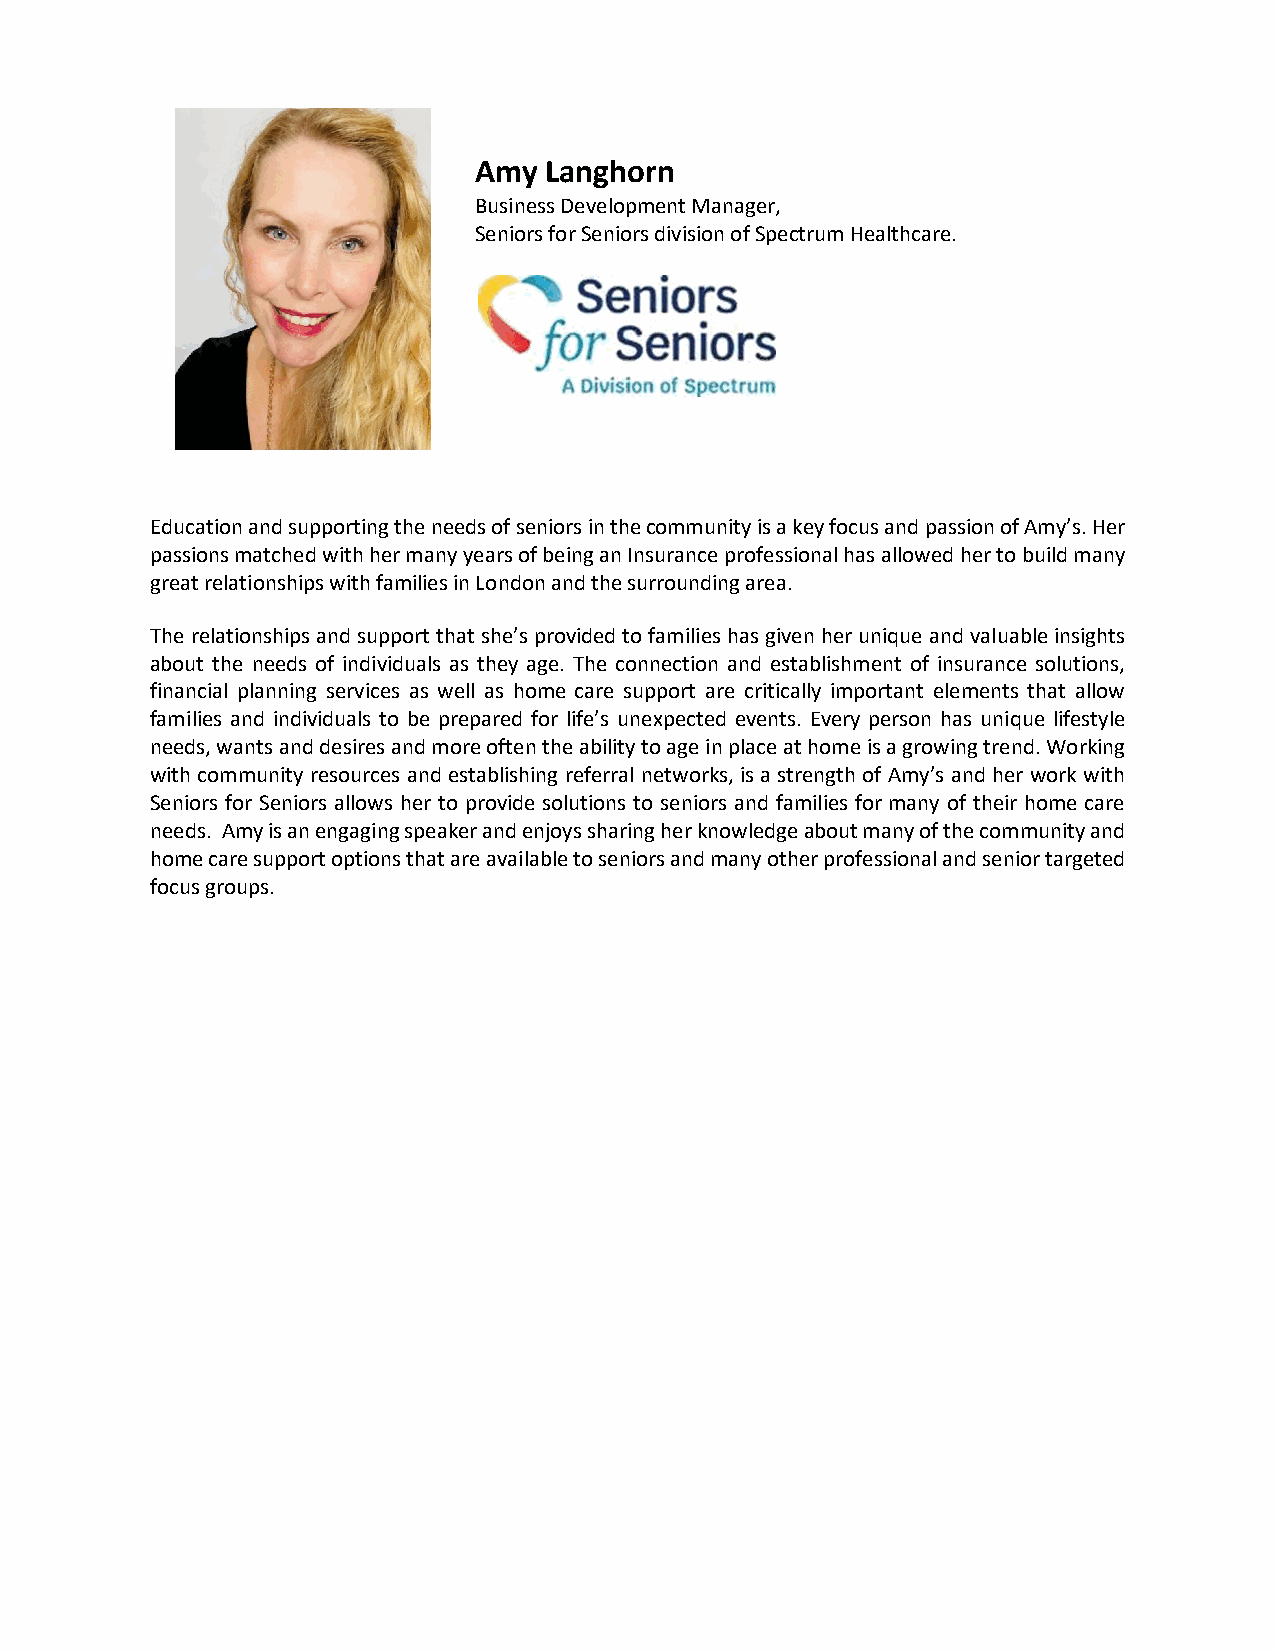
Amy  Langhorn
 Business Development Manager,
 Seniors for Seniors division of Spectrum Healthcare.
 Education and supporting the needs of seniors in the community is a key focus and passion of Amy’s. Her
 passions matched with her many years of being an Insurance professional has allowed her to build many
 great relationships with families in London and the surrounding area.
 The relationships and support that she’s provided to families has given her unique and valuable insights
 about the needs of individuals as they age. The connection and establishment of insurance solutions,
 financial planning services as well as home care support are critically important elements that allow
 families and individuals to be prepared for life’s unexpected events. Every person has unique lifestyle
 needs, wants and desires and more often the ability to age in place at home is a growing trend. Working
 with community resources and establishing referral networks, is a strength of Amy’s and her work with
 Seniors for Seniors allows her to provide solutions to seniors and families for many of their home care
 needs. Amy is an engaging speaker and enjoys sharing her knowledge about many of the community and
 home care support options that are available to seniors and many other professional and senior targeted
 focus groups.